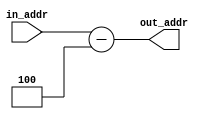
module offset_remove_comb
#(
parameter AW = 32  // AXI address width
    )

(
input wire [AW-1:0]  in_addr,   // Input AXI address
    output wire [AW-1:0] out_addr   // Output address with offset removed
    );
assign out_addr = in_addr - 4;  // Assuming 32-bit data width and 4-byte offset
endmodule